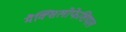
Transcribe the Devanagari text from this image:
मैक्सिलोफेशियल